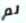
لم